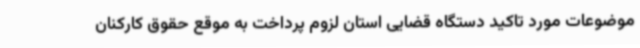
موضوعات مورد تاکید دستگاه قضایی استان لزوم پرداخت به موقع حقوق کارکنان